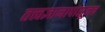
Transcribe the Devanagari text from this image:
तत्त्वज्ञानापासूनच